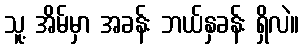
သူ့ အိမ်မှာ အခန်း ဘယ်နှခန်း ရှိလဲ။